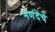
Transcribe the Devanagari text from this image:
नणंदेचें